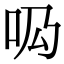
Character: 𠯷